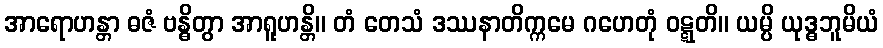
အာရောဟန္တာ ဓဇံ ဗန္ဓိတွာ အာရူဟန္တိ။ တံ တေသံ ဒဿနာတိက္ကမေ ဂဟေတုံ ဝဋ္ဋတိ။ ယမ္ပိ ယုဒ္ဓဘူမိယံ